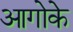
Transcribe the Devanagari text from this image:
आगोके